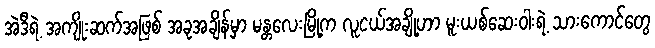
အဲဒီရဲ့ အကျိုးဆက်အဖြစ် အခုအချိန်မှာ မန္တလေးမြို့က လူငယ်အချို့ဟာ မူးယစ်ဆေးဝါးရဲ့ သားကောင်တွေ